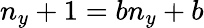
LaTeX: n_{y}+1=bn_{y}+b